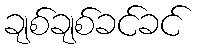
ချစ်ချစ်ခင်ခင်